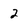
Character: 2